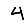
Digit: 4